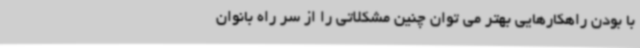
با بودن راهکارهایی بهتر می توان چنین مشکلاتی را از سر راه بانوان